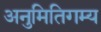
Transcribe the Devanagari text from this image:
अनुमितिगम्य